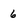
Character: 6